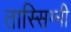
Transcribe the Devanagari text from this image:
तास्सिग्नी